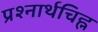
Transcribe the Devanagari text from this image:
प्रश्नार्थचिह्न